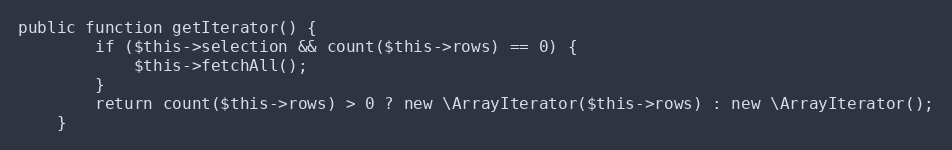
Language: PHP
public function getIterator() {
		if ($this->selection && count($this->rows) == 0) {
			$this->fetchAll();
		}
		return count($this->rows) > 0 ? new \ArrayIterator($this->rows) : new \ArrayIterator();
	}